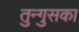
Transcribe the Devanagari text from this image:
तुन्गुसका